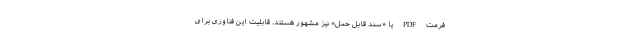
فرمت PDF یا «سند قابل حمل» نیز مشهور هستند. قابلیت این فناوری برای